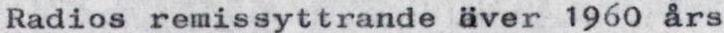
Radios remissyttrande över 1960 års